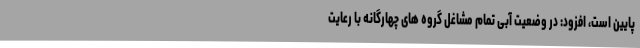
پایین است، افزود: در وضعیت آبی تمام مشاغل گروه های چهارگانه با رعایت